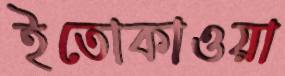
ইতোকাওয়া